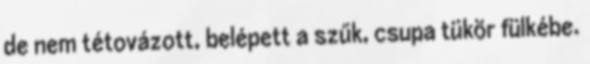
de nem tétovázott, belépett a szűk, csupa tükör fülkébe.